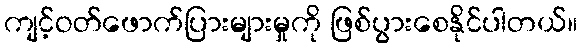
ကျင့်ဝတ်ဖောက်ပြားများမှုကို ဖြစ်ပွားစေနိုင်ပါတယ်။